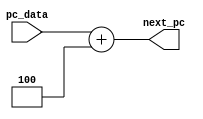
`timescale 1ns / 1ps
//////////////////////////////////////////////////////////////////////////////////
// Company: 
// Engineer: 
// 
// Design Name: 
// Module Name: pc_add
// Project Name: 
// Target Devices: 
// Tool Versions: 
// Description: 
// 
// Dependencies: 
// 
// Revision:
// Revision 0.01 - File Created
// Additional Comments:
// 
//////////////////////////////////////////////////////////////////////////////////


module pc_add(
    input [31:0] pc_data,
    output [31:0] next_pc
    );
    assign next_pc=pc_data+32'h4;
endmodule